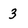
Character: 3